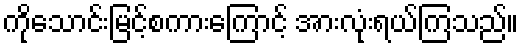
ကိုသောင်းမြင့်စကားကြောင့် အားလုံးရယ်ကြသည်။